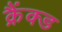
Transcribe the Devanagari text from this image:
क्रैंक्ड